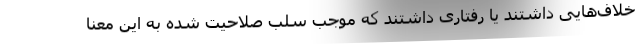
خلاف‌هایی داشتند یا رفتاری داشتند که موجب سلب صلاحیت شده به این معنا